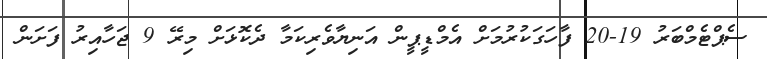
ސެޕްޓެމްބަރު 19-20 ފާހަގަކުރުމަށް އެމްޑީޕީން އަނިޔާވެރިކަމާ ދެކޮޅަށް މިރޭ 9 ޖަހާއިރު ފަށަން